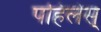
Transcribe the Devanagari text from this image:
पहिलेस्